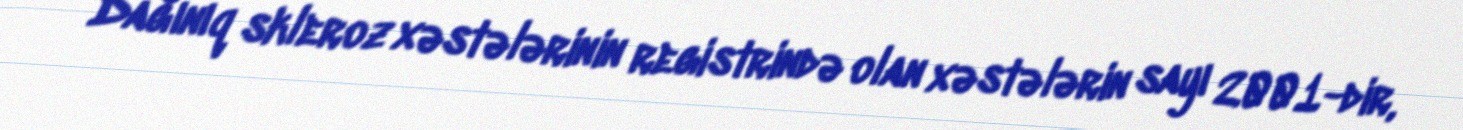
Dağınıq skleroz xəstələrinin registrində olan xəstələrin sayı 2001-dir,